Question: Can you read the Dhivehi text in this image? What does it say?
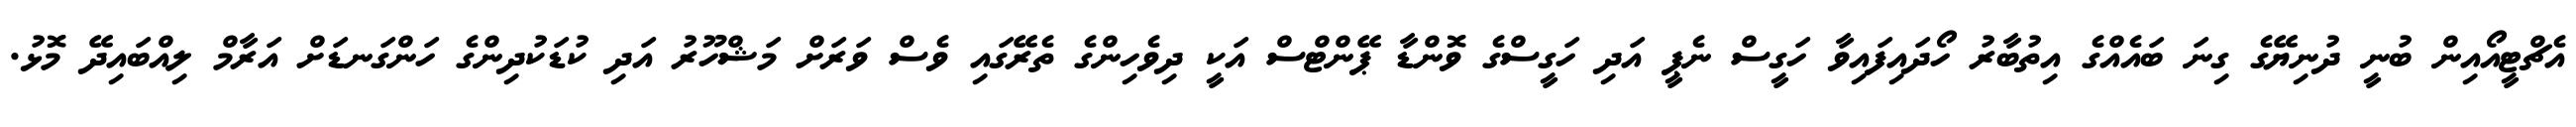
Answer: އެޗްޓީއޯއިން ބުނީ ދުނިޔޭގެ ގިނަ ބައެއްގެ އިތުބާރު ހޯދައިފައިވާ ހަގީސް ނެޕީ އަދި ހަގީސްގެ ވޮންޑާ ޕޭންޓްސް އަކީ ދިވެހިންގެ ތެރޭގައި ވެސް ވަރަށް މަޝްހޫރު އަދި ކުޑަކުދިންގެ ހަންގަނޑަށް އަރާމް ލިއްބައިދޭ މޮޅު.